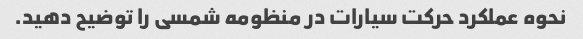
نحوه عملکرد حرکت سیارات در منظومه شمسی را توضیح دهید.